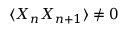
\langle X _ { n } X _ { n + 1 } \rangle \neq 0